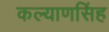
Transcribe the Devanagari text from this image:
कल्‍याणसिंह